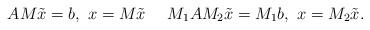
LaTeX: \begin{align*}AM\tilde{x}=b, \ x=M\tilde{x} \ \ \ \ M_{1}AM_{2}\tilde{x}=M_{1}b, \ x=M_{2}\tilde{x}.\end{align*}